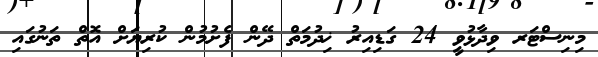
މިނިސްޓަރ ވިދާޅުވީ 24 ގަޑިއިރު ޚިދުމަތް ދޭން ފެށުމުން ކުރިޔަށް އޮތް ތަނުގައި